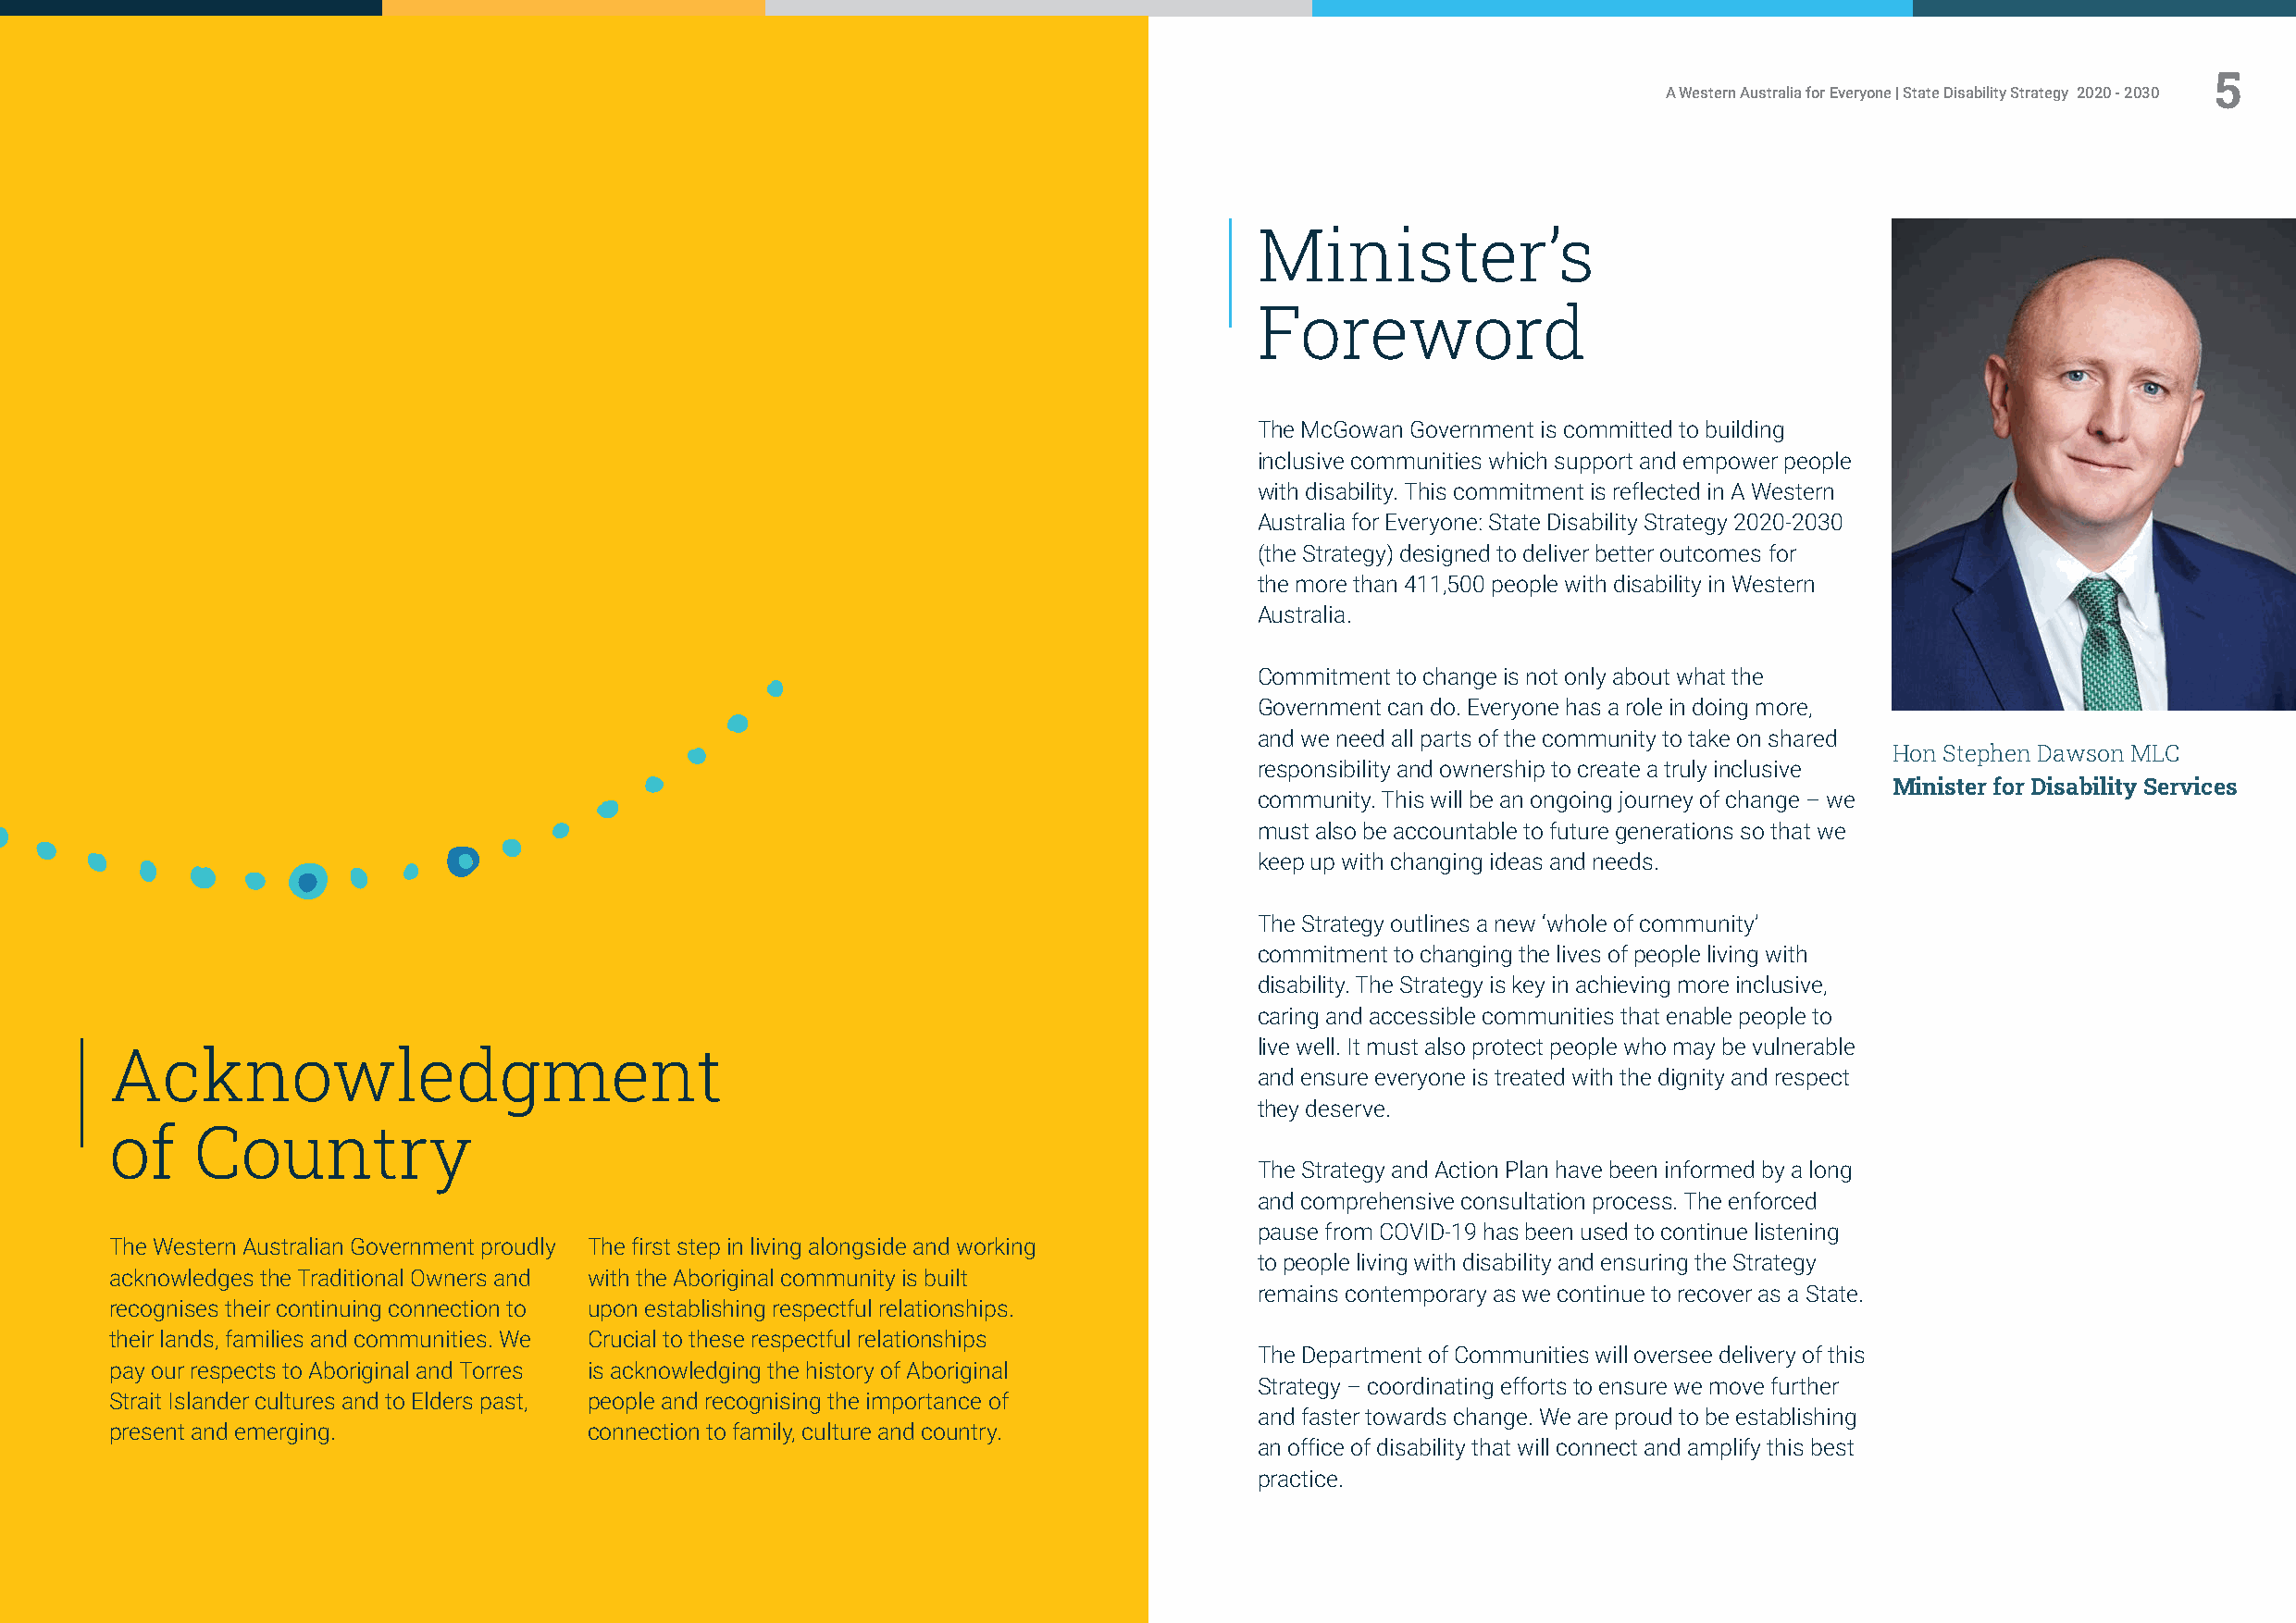
4                                                                                                                                                         5
 A Western Australia for Everyone | State Disability Strategy 2020 - 2030                                     A Western Australia for Everyone | State Disability Strategy 2020 - 2030
 Minister’s
 Foreword
 The McGowan Government is committed to building
 inclusive communities which support and empower people
 with disability. This commitment is reflected in A Western
 Australia for Everyone: State Disability Strategy 2020-2030
 (the Strategy) designed to deliver better outcomes for
 the more than 411,500 people with disability in Western
 Australia.
 Commitment to change is not only about what the
 Government can do. Everyone has a role in doing more,
 and we need all parts of the community to take on shared
 Hon Stephen Dawson MLC
 responsibility and ownership to create a truly inclusive
 Minister for Disability Services
 community. This will be an ongoing journey of change – we
 must also be accountable to future generations so that we
 keep up with changing ideas and needs.
 The Strategy outlines a new ‘whole of community’
 commitment to changing the lives of people living with
 disability. The Strategy is key in achieving more inclusive,
 caring and accessible communities that enable people to
 live well. It must also protect people who may be vulnerable
 Acknowledgment
 and ensure everyone is treated with the dignity and respect
 they deserve.
 of    Country
 The Strategy and Action Plan have been informed by a long
 and comprehensive consultation process. The enforced
 pause from COVID-19 has been used to continue listening
 The Western Australian Government proudly The first step in living alongside and working
 to people living with disability and ensuring the Strategy
 acknowledges the Traditional Owners and with the Aboriginal community is built
 remains contemporary as we continue to recover as a State.
 recognises their continuing connection to upon establishing respectful relationships.
 their lands, families and communities. We Crucial to these respectful relationships
 The Department of Communities will oversee delivery of this
 pay our respects to Aboriginal and Torres is acknowledging the history of Aboriginal
 Strategy – coordinating efforts to ensure we move further
 Strait Islander cultures and to Elders past, people and recognising the importance of
 and faster towards change. We are proud to be establishing
 present and emerging.             connection to family, culture and country.
 an office of disability that will connect and amplify this best
 practice.